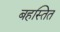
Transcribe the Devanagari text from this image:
बहस्तित